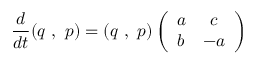
\frac { d } { d t } ( q \, \, , \, \, p ) = ( q \, \, , \, \, p ) \left( \begin{array} { c c } { { a } } & { { c } } \\ { { b } } & { { - a } } \end{array} \right)